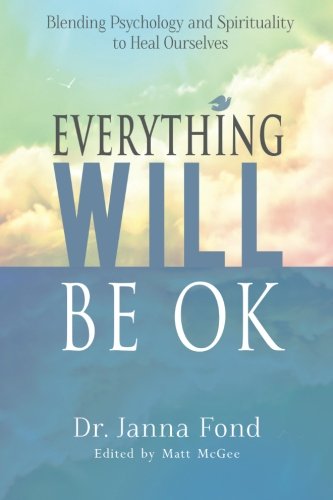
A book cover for Everything Will Be OK: Blending Psychology And Spirituality To Heal Ourselves; Dr. Janna Fond; Self-Help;